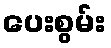
ပေးစွမ်း